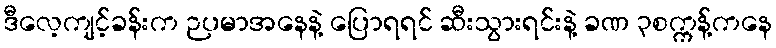
ဒီလေ့ကျင့်ခန်းက ဉပမာအနေနဲ့ ပြောရရင် ဆီးသွားရင်းနဲ့ ခဏ ၃စက္ကန့်ကနေ